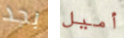
بجد أميل